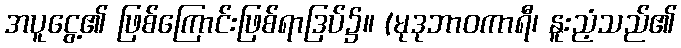
အပူငွေ့၏ ဖြစ်ကြောင်းဖြစ်ရာဒြပ်၌။ (မုဒုဘာဝကာရီ၊ နူးညံ့သည်၏